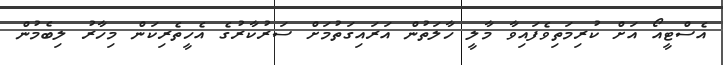
އެސްޓީއޯ އަށް ކުރިމަތިވެފައިވާ މާލީ ހާލަތުން އަރައިގަތުމަށް ސަރުކާރުގެ އެހީތެރިކަން މިހާރު ލިބެމުން